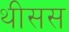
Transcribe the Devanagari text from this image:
थीसस